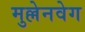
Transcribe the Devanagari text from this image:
मुल्लेनवेग